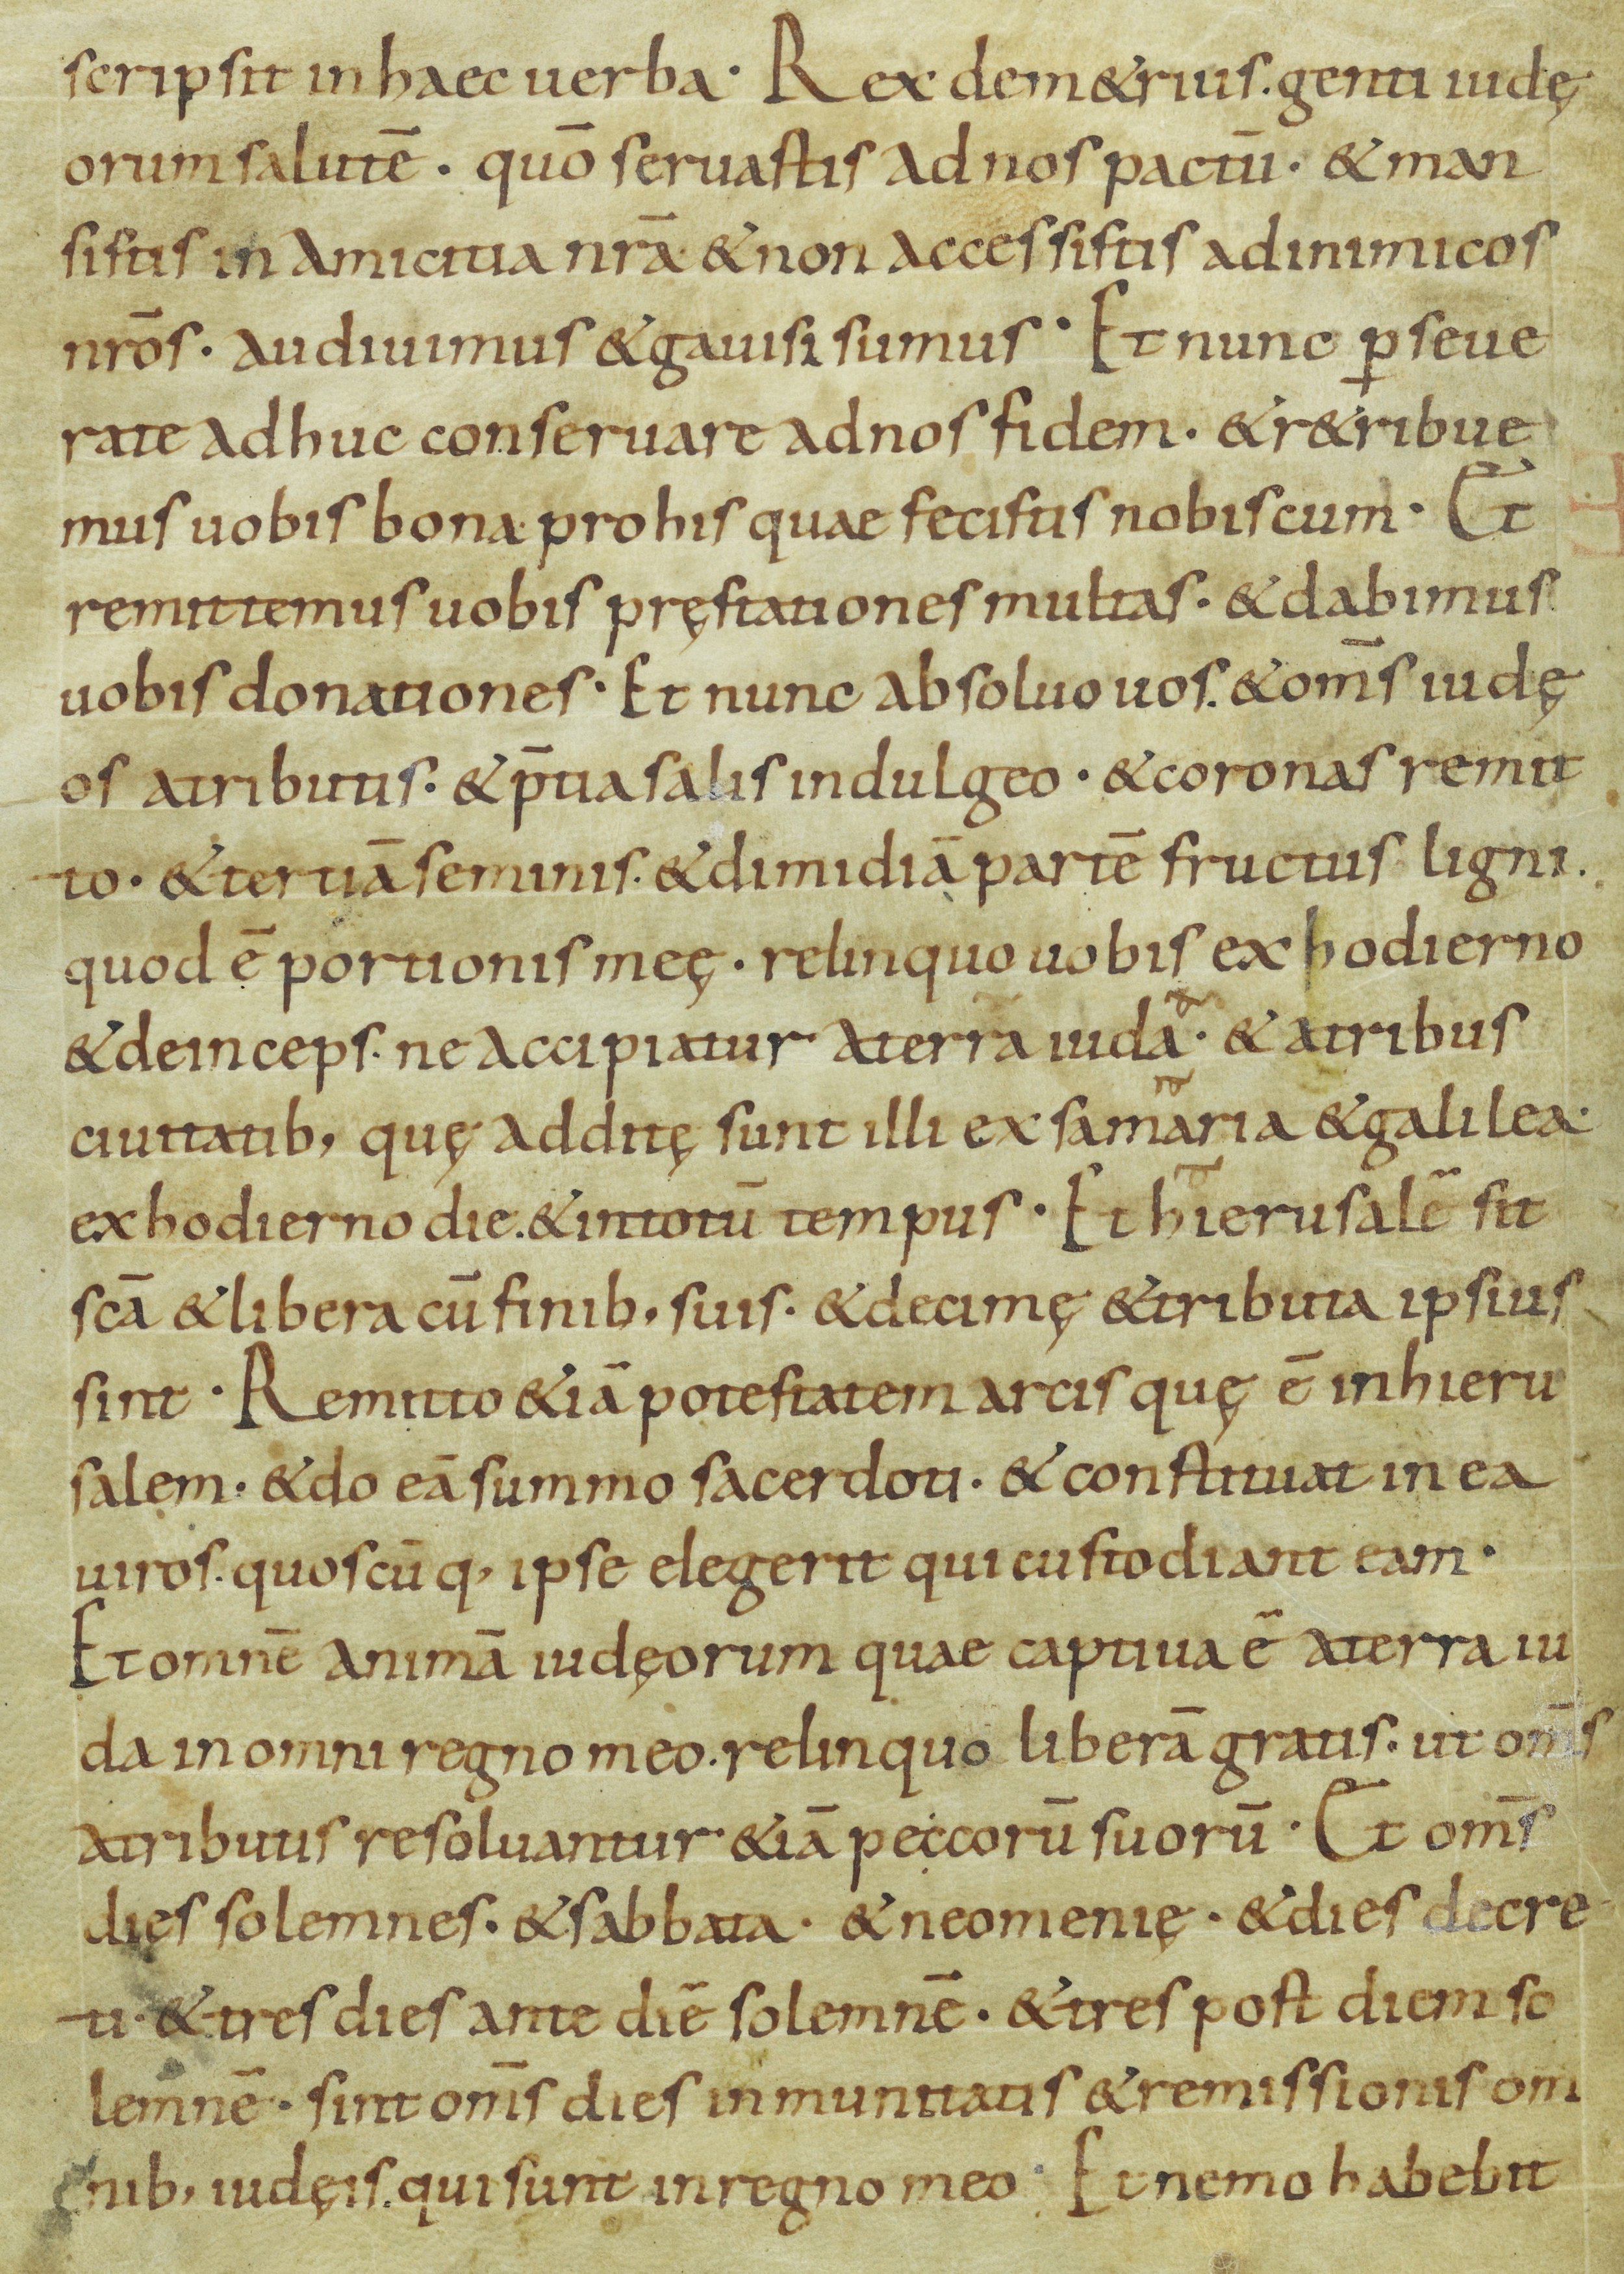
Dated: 800–899